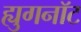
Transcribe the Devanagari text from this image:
ह्युगनॉट